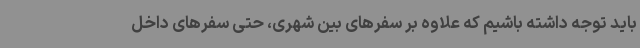
باید توجه داشته باشیم که علاوه بر سفرهای بین شهری، حتی سفرهای داخل